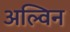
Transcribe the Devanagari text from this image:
अल्विन